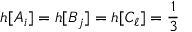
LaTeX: h [ A _ { i } ] = h [ B _ { j } ] = h [ C _ { \ell } ] = \frac { 1 } { 3 }